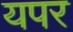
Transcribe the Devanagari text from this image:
यपर